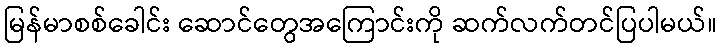
မြန်မာစစ်ခေါင်း ဆောင်တွေအကြောင်းကို ဆက်လက်တင်ပြပါမယ်။